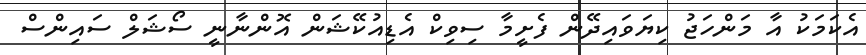
އެކަމަކު އާ މަންހަޖު ކިޔަވައިދޭން ފެށީމާ ސިވިކް އެޑިއުކޭޝަން އޮންނާނީ ސޯޝަލް ސައިންސް